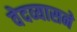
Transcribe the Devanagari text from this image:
वेदव्यासने